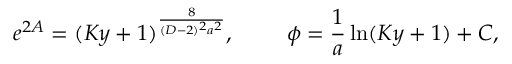
e ^ { 2 A } = ( K y + 1 ) ^ { \frac { 8 } { ( D - 2 ) ^ { 2 } a ^ { 2 } } } , \ \ \ \ \ \ \ \phi = { \frac { 1 } { a } } \ln ( K y + 1 ) + C ,